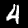
Digit: 4